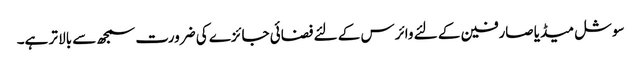
سوشل میڈیا صارفین کے لئے وائرس کے لئے فضائی جائزے کی ضرورت سمجھ سے بالا تر ہے۔